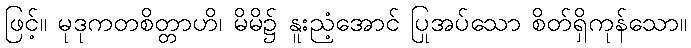
ဖြင့်။ မုဒုကတစိတ္တာဟိ၊ မိမိ၌ နူးညံ့အောင် ပြုအပ်သော စိတ်ရှိကုန်သော။